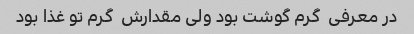
در معرفی  گرم گوشت بود ولی مقدارش  گرم تو غذا بود